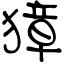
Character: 獐